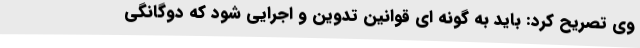
وی تصریح کرد: باید به گونه ای قوانین تدوین و اجرایی شود که دوگانگی